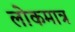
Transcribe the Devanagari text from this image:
लोकमात्र